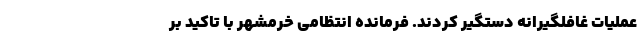
عملیات غافلگیرانه دستگیر کردند. فرمانده انتظامی خرمشهر با تاکید بر